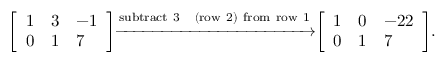
{ \left[ \begin{array} { l l l } { 1 } & { 3 } & { - 1 } \\ { 0 } & { 1 } & { 7 } \end{array} \right] } { \xrightarrow { \mathrm { s u b t r a c t ~ 3 ~ � ~ ( r o w ~ 2 ) ~ f r o m ~ r o w ~ 1 } } } { \left[ \begin{array} { l l l } { 1 } & { 0 } & { - 2 2 } \\ { 0 } & { 1 } & { 7 } \end{array} \right] } .